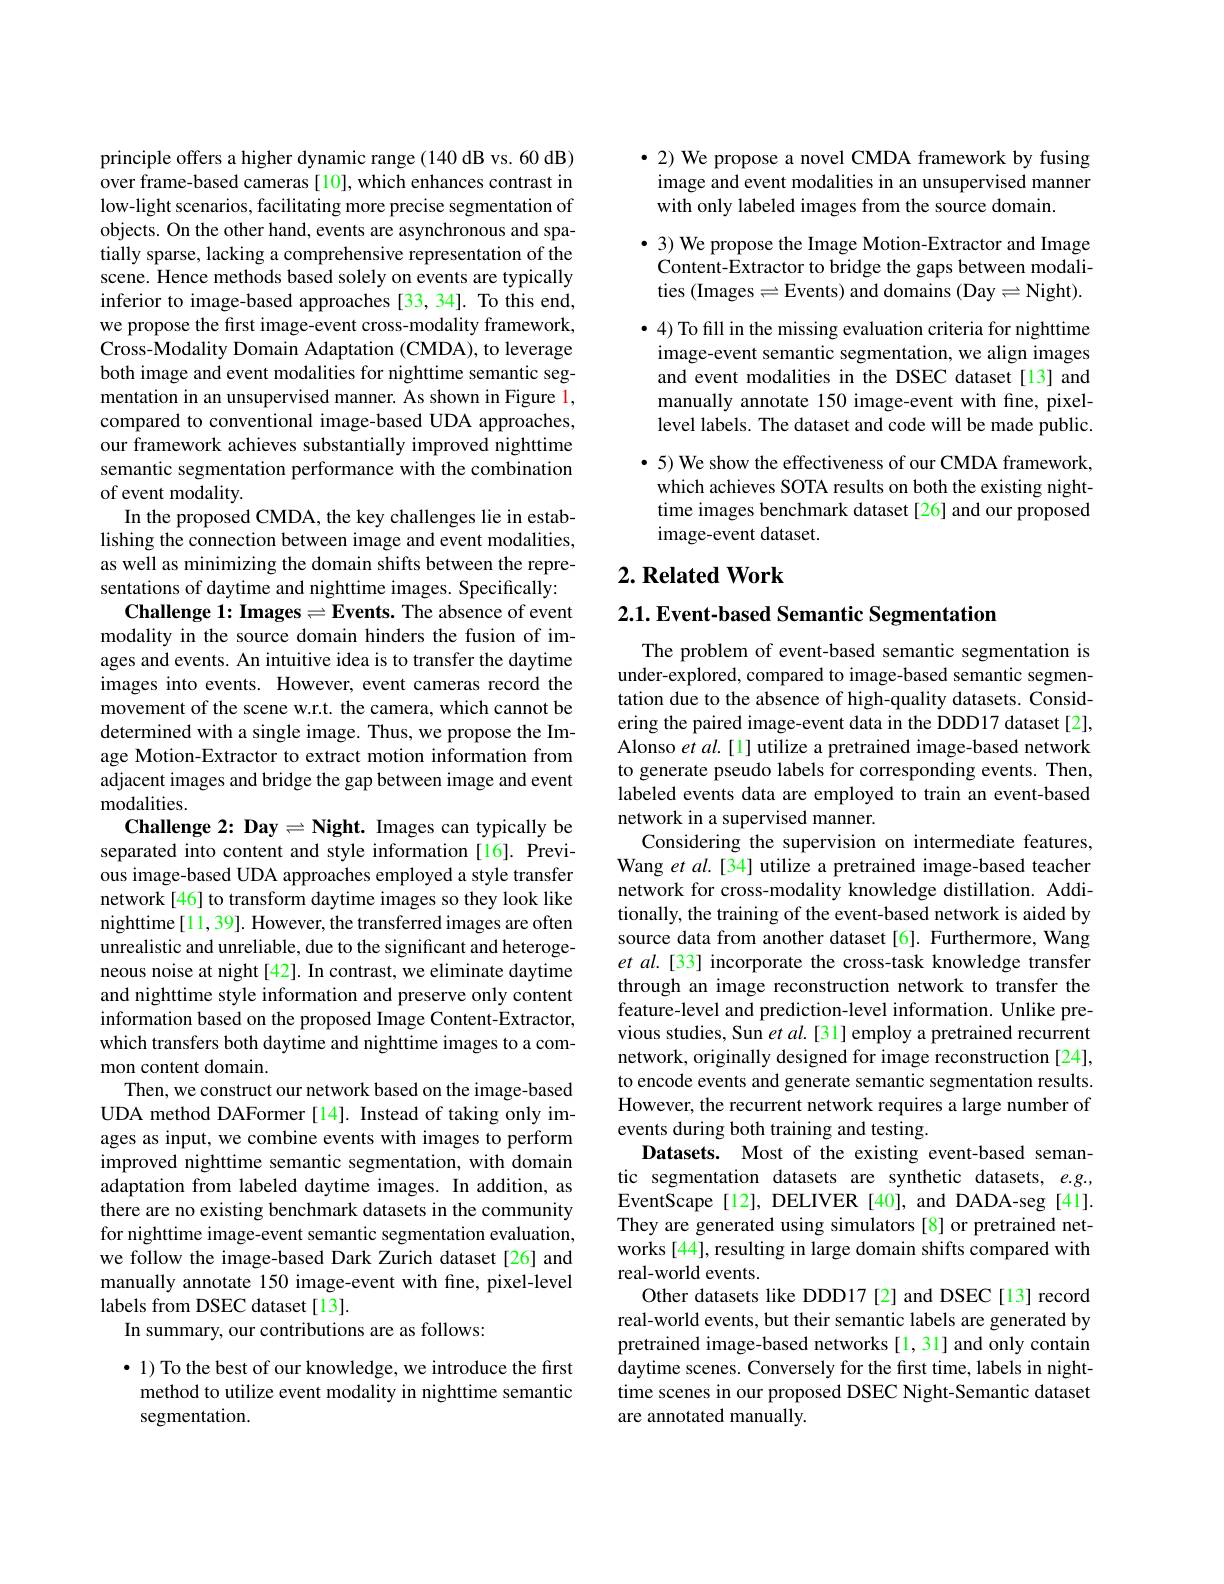
principle offers a higher dynamic range (140 dB vs. 60 dB) over frame-based cameras [10], which enhances contrast in low-light scenarios, facilitating more precise segmentation of objects. On the other hand, events are asynchronous and spatially sparse, lacking a comprehensive representation of the scene. Hence methods based solely on events are typically inferior to image-based approaches [33, 34]. To this end, we propose the first image-event cross-modality framework, Cross-Modality Domain Adaptation (CMDA), to leverage both image and event modalities for nighttime semantic segmentation in an unsupervised manner. As shown in Figure l, compared to conventional image-based UDA approaches, our framework achieves substantially improved nighttime semantic segmentation performance with the combination of event modality.
In the proposed CMDA, the key challenges lie in establishing the connection between image and event modalities, as well as minimizing the domain shifts between the representations of daytime and nighttime images. Specifically:
Challenge 1: Images$= \textbf{Events. The absence of event}$ modality in the source domain hinders the fusion of images and events. An intuitive idea is to transfer the daytime images into events. However, event cameras record the movement of the scene w.r.t. the camera, which cannot be determined with a single image. Thus, we propose the Image Motion-Extractor to extract motion information from adjacent images and bridge the gap between image and event modalities.
Challenge 2: Day$= \textbf{Night. Images can typically be}$ separated into content and style information [16]. Previous image-based UDA approaches employed a style transfer network[46] to transform daytime images so they look like nighttime [11,39]. However, the transferred images are often unrealistic and unreliable, due to the significant and heterogeneous noise at night[42]. In contrast, we eliminate daytime and nighttime style information and preserve only content information based on the proposed Image Content-Extractor, which transfers both daytime and nighttime images to a common content domain.
Then, we construct our network based on the image-based UDA method DAFormer [14]. Instead of taking only images as input, we combine events with images to perform improved nighttime semantic segmentation, with domain adaptation from labeled daytime images. In addition, as there are no existing benchmark datasets in the community for nighttime image-event semantic segmentation evaluation, we follow the image-based Dark Zurich dataset [26] and manually annotate 150 image-event with fine, pixel-level labels from DSEC dataset[13].
In summary, our contributions are as follows:
$\bullet$ 1) To the best of our knowledge, we introduce the first method to utilize event modality in nighttime semantic

segmentation.

$\bullet$ 2) We propose a novel CMDA framework by fusing image and event modalities in an unsupervised manner with only labeled images from the source domain.
$\bullet$ 3) We propose the Image Motion-Extractor and Image Content-Extractor to bridge the gaps between modalities (Images=Events) and domains (Day=Night). $\bullet$ 4) To fill in the missing evaluation criteria for nighttime image-event semantic segmentation, we align images and event modalities in the DSEC dataset[13] and manually annotate 150 image-event with fine, pixellevel labels. The dataset and code will be made public. $\cdot5)$ We show the effectiveness of our CMDA framework, which achieves SOTA results on both the existing nighttime images benchmark dataset [26] and our proposed image-event dataset.

## $2. \textbf{Related Work}$

$2. 1. \textbf{Event- based Semantic Segmentation}$

The problem of event-based semantic segmentation is under-explored, compared to image-based semantic segmentation due to the absence of high-quality datasets. Considering the paired image-event data in the DDD17 dataset[2], Alonso et al.[1] utilize a pretrained image-based network to generate pseudo labels for corresponding events. Then, labeled events data are employed to train an event-based network in a supervised manner.
Considering the supervision on intermediate features, Wang et al.[34] utilize a pretrained image-based teacher network for cross-modality knowledge distillation. Additionally, the training of the event-based network is aided by source data from another dataset [6]. Furthermore, Wang et al.[33] incorporate the cross-task knowledge transfer through an image reconstruction network to transfer the feature-level and prediction-level information. Unlike previous studies, Sun $etal.[31]$ employ a pretrained recurrent network, originally designed for image reconstruction [24], to encode events and generate semantic segmentation results. However, the recurrent network requires a large number of events during both training and testing.
Datasets. Most of the existing event-based semantic segmentation datasets are synthetic datasets, e.g., EventScape[12], DELIVER[40], and DADA-seg[41]. They are generated using simulators [8] or pretrained networks [44], resulting in large domain shifts compared with real-world events.
Other datasets like DDD17 [2] and DSEC[13] record real-world events, but their semantic labels are generated by pretrained image-based networks [1,31] and only contain daytime scenes. Conversely for the first time, labels in nighttime scenes in our proposed DSEC Night-Semantic dataset are annotated manually